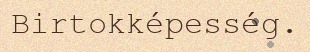
Birtokképesség.